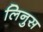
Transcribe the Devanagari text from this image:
लिनुस